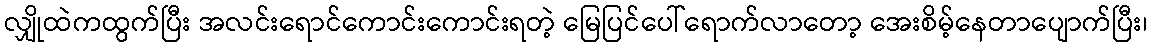
လျှိုထဲကထွက်ပြီး အလင်းရောင်ကောင်းကောင်းရတဲ့ မြေပြင်ပေါ်ရောက်လာတော့ အေးစိမ့်နေတာပျောက်ပြီး၊